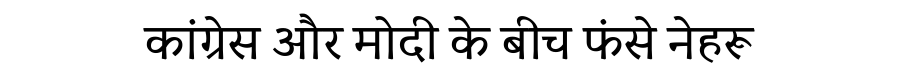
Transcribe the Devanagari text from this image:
कांग्रेस और मोदी के बीच फंसे नेहरू